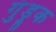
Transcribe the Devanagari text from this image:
गुंड्रूक